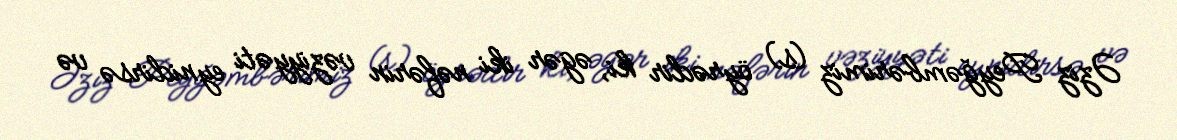
Əziz Peyğəmbərimiz (s) öyrədir ki, əgər iki nəfərin vəziyyəti eynidirsə və